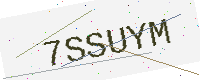
Text: 7SSUYM